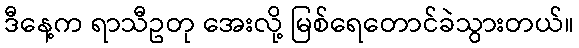
ဒီနေ့က ရာသီဥတု အေးလို့ မြစ်ရေတောင်ခဲသွားတယ်။